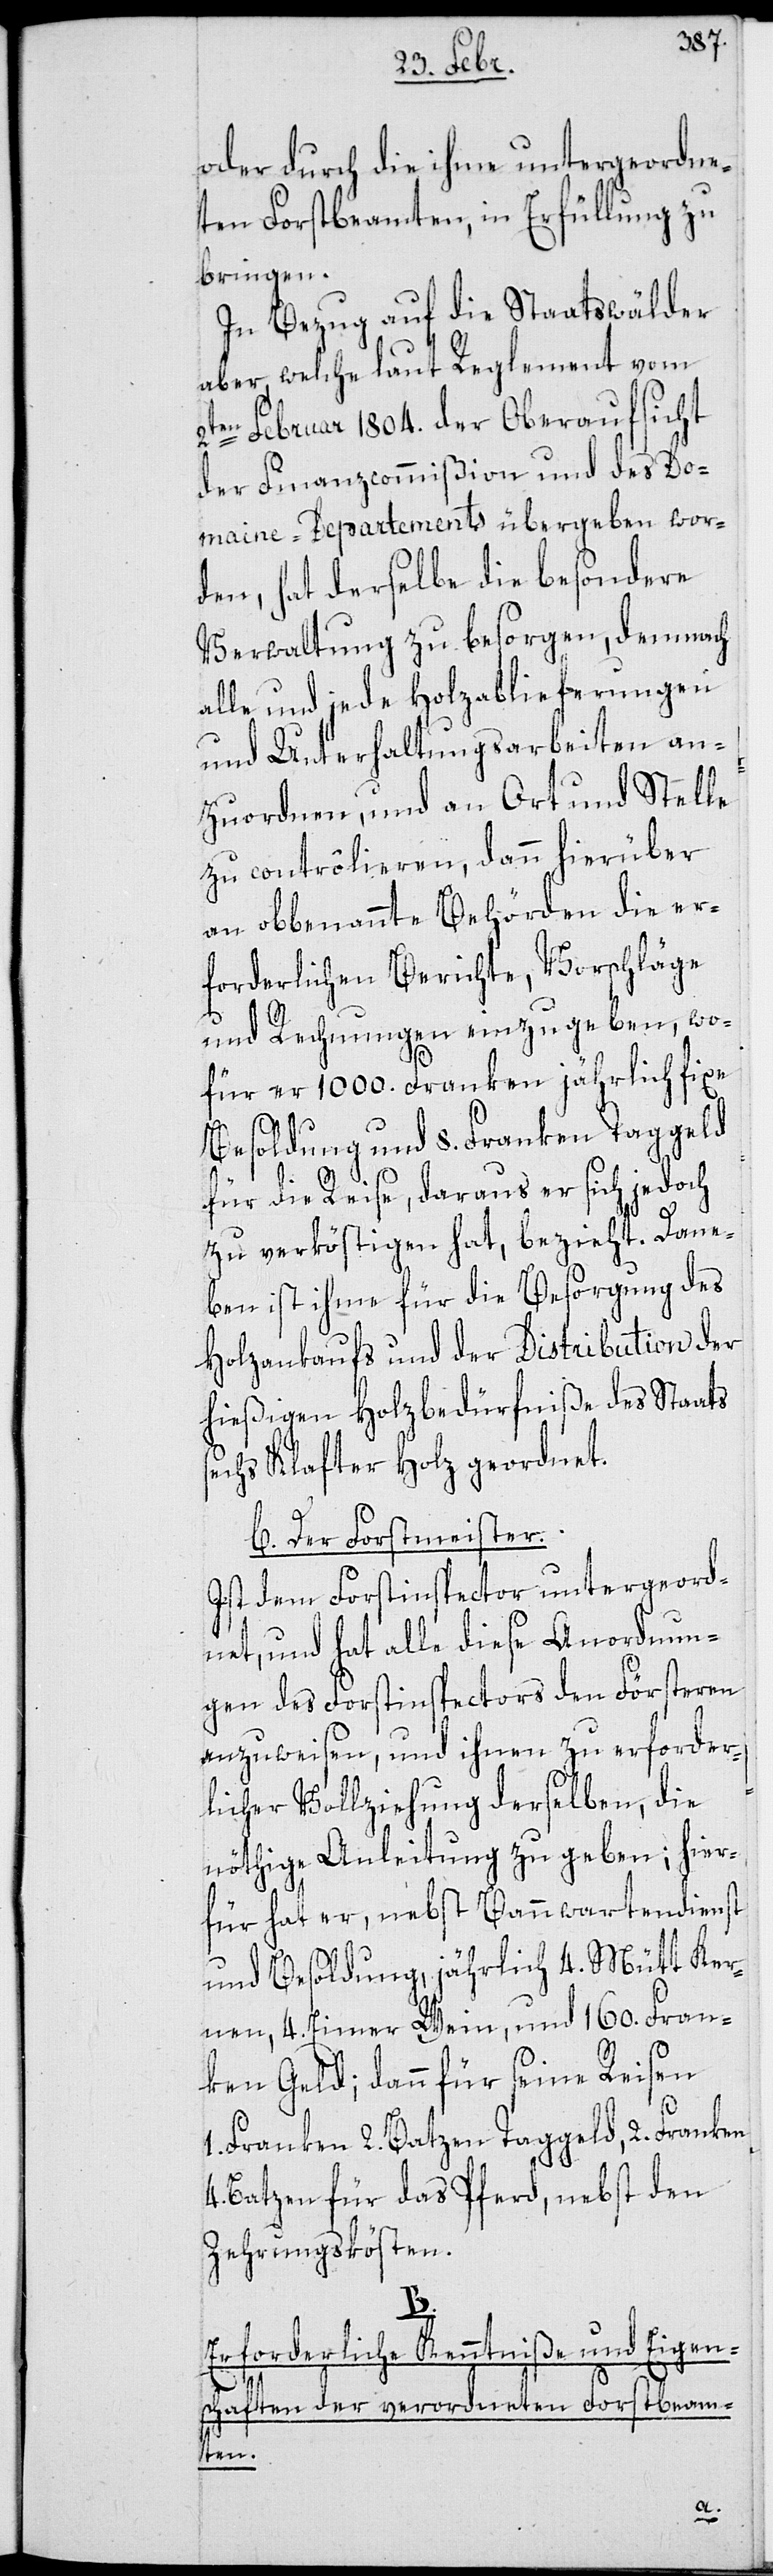
oder durch die ihme untergeordne¬
ten Forstbeamten, in Erfüllung zu
bringen.
In Bezug auf die Staatswälder
aber, welche laut Reglement vom
2ten Februar 1804. der Oberaufsicht
der Finanzcommißion und des Do¬
maine-Departements übergeben wor¬
den, hat derselbe die besondere
Verwaltung zu besorgen, demnach
alle und jede Holzablieferungen
und Unterhaltungsarbeiten an¬
zuordnen, und an Ort und Stelle
zu contrôlieren, dann hierüber
an obbenannte Behörden die er¬
forderlichen Berichte, Vorschläge
4.
und Rechnungen einzugeben, wo¬
für er 1000. Franken jährlich fixe
Besoldung und 8. Franken Taggeld
für die Reise, daraus er sich jedoch
zu verköstigen hat, bezieht. Dane¬
ben ist ihme für die Besorgung des
Holzankaufs und der Distribution der
hießigen Holzbedürfniße des Staats
echs Klafter Holz geordnet.
b. Der Forstmeister.
Ist dem Forstinspector untergeord¬
net, und hat alle diese Anordnun¬
gen des Forstinspectors den Försteren
anzuweisen, und ihnen zu erforder¬
lichen Vollziehung derselben, die
nöthige Anleitung zu geben; hier¬
für hat er, nebst Bannwartendienst
und Besoldung, jährlich 4. Mütt Ker¬
nen, 4. Eimer Wein, und 160. Fran¬
ken Geld; dann für seine Reisen
1. Franken 2. Batzen Taggeld, 2. Franken
Batzen für das Pferd, nebst den
Zehrungskösten.
B.
Erforderliche Kenntniße und Eigen¬
tbeam¬
schaften der verordneten Fors¬
ten.